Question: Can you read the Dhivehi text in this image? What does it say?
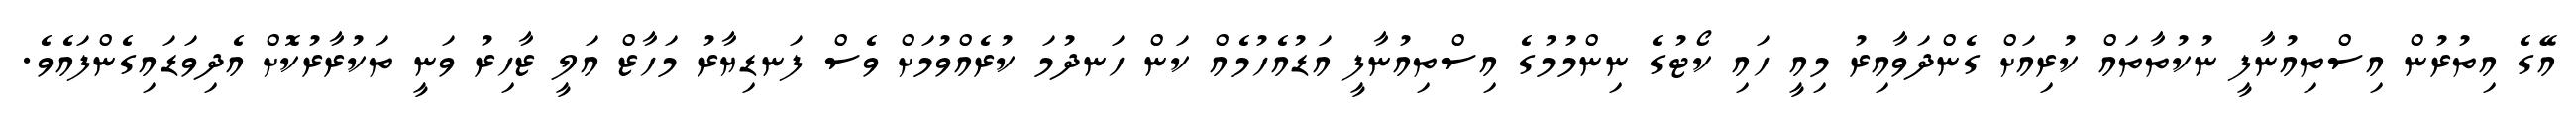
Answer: އޭގެ އިތުރުން އިސްތިއުނާފީ ނުކުތާތައް ކުރިއަށް ގެންދަވާއިރު މިއީ ހައި ކޯޓުގެ ނިންމުމުގެ އިސްތިއުނާފީ އަޑުއެހުމެއް ކަން ހަނދުމަ ކުރެއްވުމަށް ވެސް ފަނޑިޔާރު މަހާޒް އަލީ ޒާހިރު ވަނީ ތަކުރާރުކޮށް އެދިވަޑައިގެންފައެވެ.